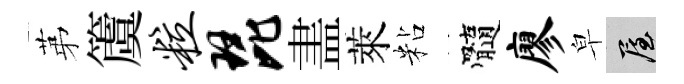
苐𥵂粒琵𥁞萊粘髓廖皁屋